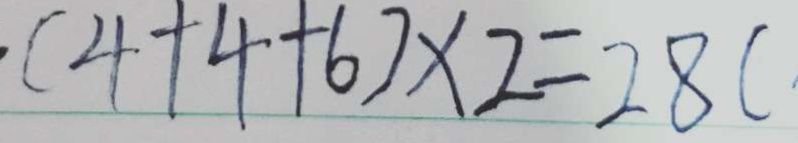
. ( 4 + 4 + 6 ) \times 2 = 2 8 (